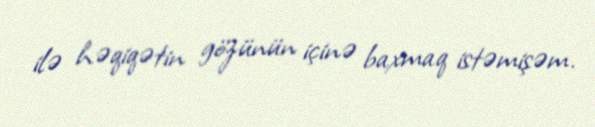
ilə həqiqətin gözünün içinə baxmaq istəmişəm.